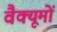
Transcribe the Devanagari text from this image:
वैक्यूमों